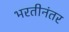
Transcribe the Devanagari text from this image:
भरतीनंतर